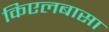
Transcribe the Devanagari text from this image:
किएलबासा